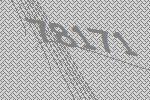
78171